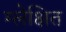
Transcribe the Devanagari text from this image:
म्लेक्षित